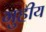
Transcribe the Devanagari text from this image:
गुहीय